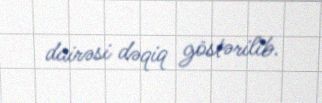
dairəsi dəqiq göstərilib.